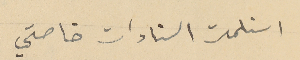
استلمت السنادات خاصتي